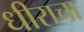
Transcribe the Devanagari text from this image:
धीराचा